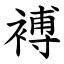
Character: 䙏